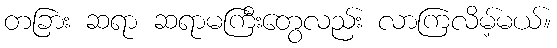
တခြား ဆရာ ဆရာမကြီးတွေလည်း လာကြလိမ့်မယ်။